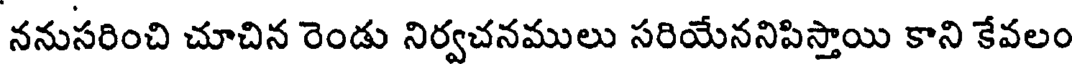
ననుసరించి చూచిన రెండు నిర్వచనములు సరియేననిపిస్తాయి కాని కేవలం